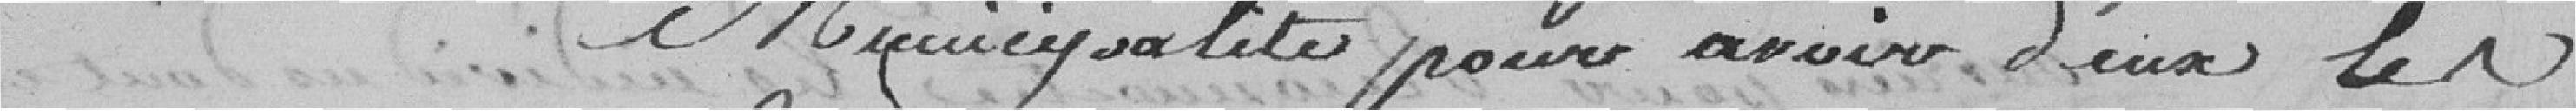
municipalité pour avoir d'eux les